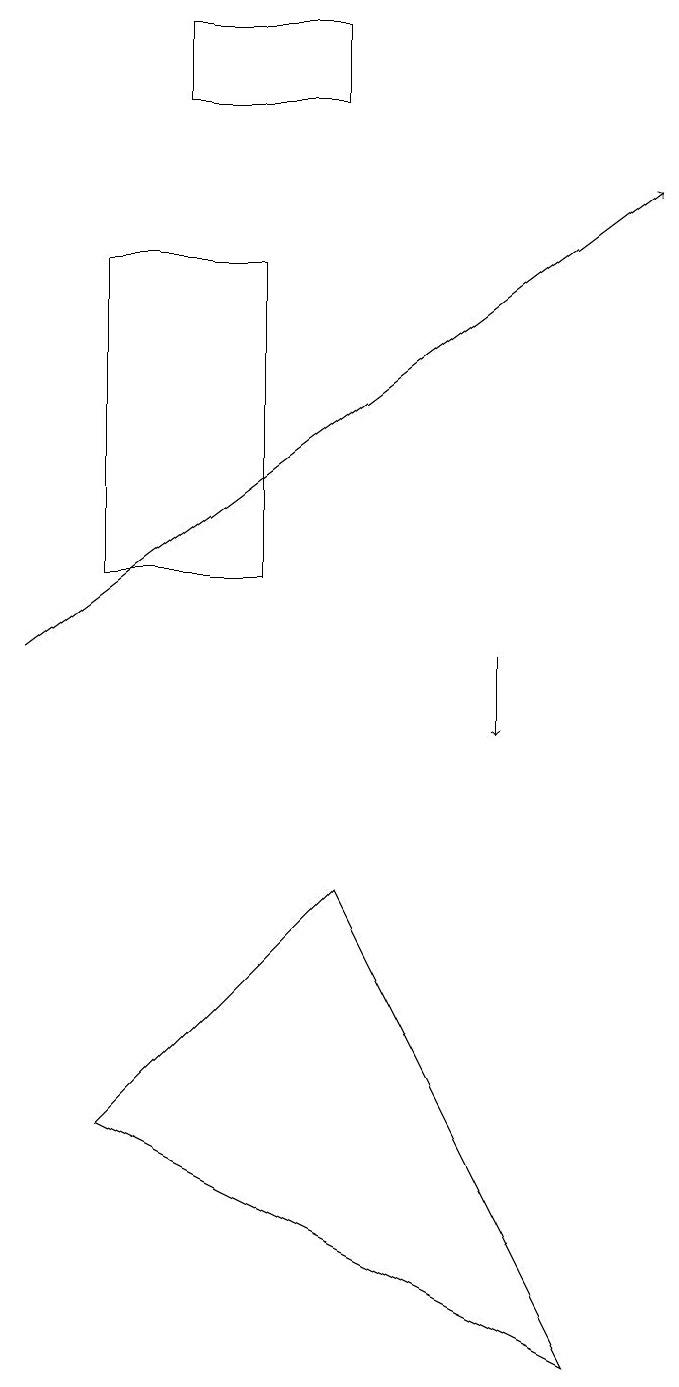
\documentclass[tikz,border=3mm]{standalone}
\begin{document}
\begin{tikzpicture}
\draw (1,12) rectangle (3,16);
\draw (1,5) -- (4,8) -- (7,2) -- cycle;
\draw (4,19) rectangle (2,18);
\draw[->] (0,11) -- (8,17);
\draw[->] (6,11) -- (6,10);
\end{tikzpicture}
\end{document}